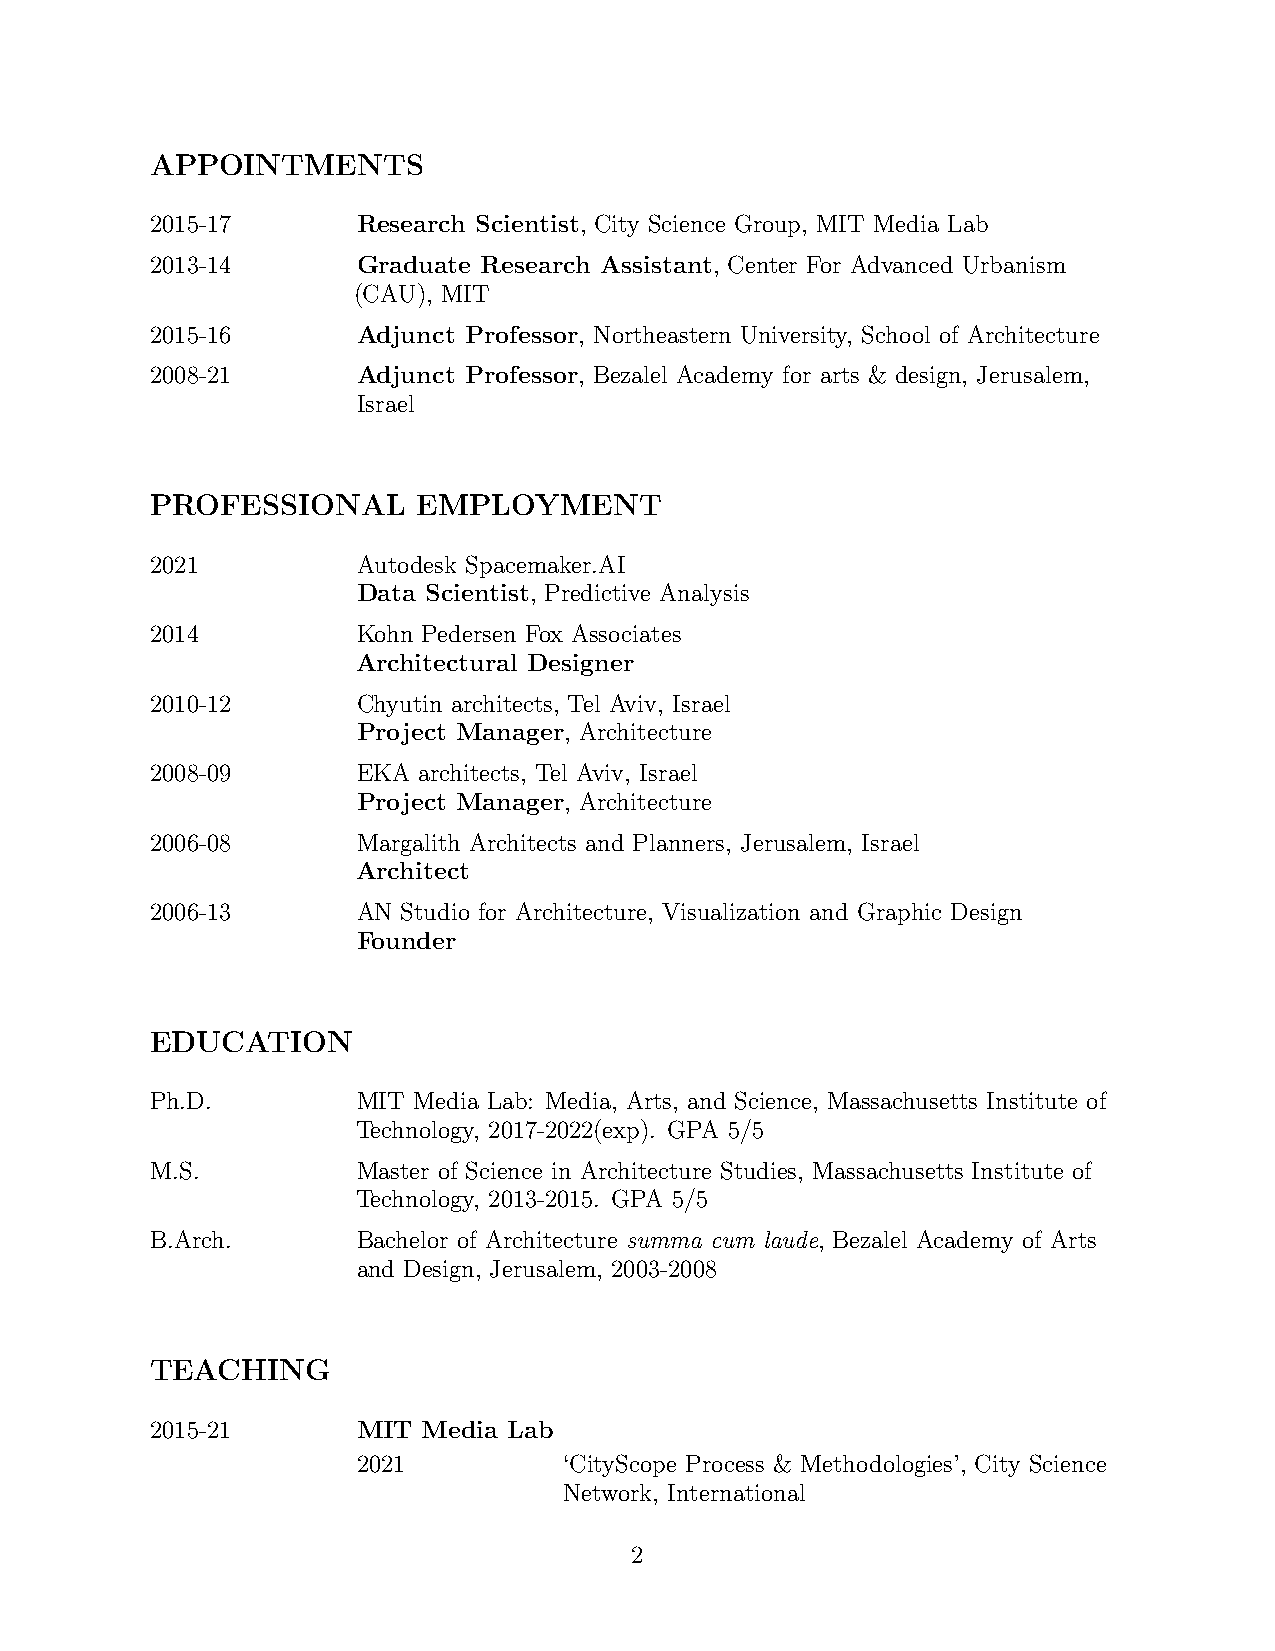
APPOINTMENTS
 2015-17       Research Scientist, City Science Group, MIT Media Lab
 2013-14       Graduate Research Assistant, Center For Advanced Urbanism
 (CAU), MIT
 2015-16       Adjunct Professor, Northeastern University, School of Architecture
 2008-21       Adjunct Professor, Bezalel Academy for arts & design, Jerusalem,
 Israel
 PROFESSIONAL      EMPLOYMENT
 2021          Autodesk Spacemaker.AI
 Data Scientist, Predictive Analysis
 2014          Kohn Pedersen Fox Associates
 Architectural Designer
 2010-12       Chyutin architects, Tel Aviv, Israel
 Project Manager, Architecture
 2008-09       EKA architects, Tel Aviv, Israel
 Project Manager, Architecture
 2006-08       Margalith Architects and Planners, Jerusalem, Israel
 Architect
 2006-13       AN Studio for Architecture, Visualization and Graphic Design
 Founder
 EDUCATION
 Ph.D.         MIT Media Lab: Media, Arts, and Science, Massachusetts Institute of
 Technology, 2017-2022(exp). GPA 5/5
 M.S.          Master of Science in Architecture Studies, Massachusetts Institute of
 Technology, 2013-2015. GPA 5/5
 B.Arch.       Bachelor of Architecture summa cum laude, Bezalel Academy of Arts
 and Design, Jerusalem, 2003-2008
 TEACHING
 2015-21       MIT Media Lab
 2021         ‘CityScope Process & Methodologies’, City Science
 Network, International
 2